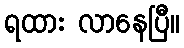
ရထား လာနေပြီ။